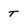
Character: T